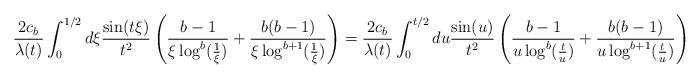
LaTeX: \begin{align*} \frac{2 c_{b}}{\lambda(t)} \int_{0}^{1/2} d\xi \frac{\sin(t \xi)}{t^{2}}\left(\frac{b-1}{\xi \log^{b}(\frac{1}{\xi})}+\frac{b(b-1)}{\xi\log^{b+1}(\frac{1}{\xi})}\right)= \frac{2 c_{b}}{\lambda(t)} \int_{0}^{t/2} du \frac{\sin(u)}{t^{2}}\left(\frac{b-1}{u \log^{b}(\frac{t}{u})}+\frac{b(b-1)}{u\log^{b+1}(\frac{t}{u})}\right)\end{align*}